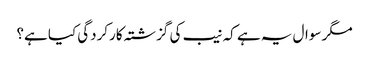
مگر سوال یہ ہے کہ نیب کی گزشتہ کارکردگی کیا ہے؟